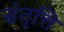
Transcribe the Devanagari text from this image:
संतृत्ति